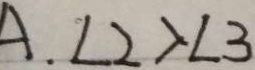
A . \angle 2 > \angle 3